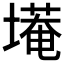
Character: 𮰭